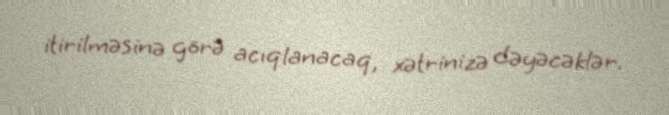
itirilməsinə görə acıqlanacaq, xətrinizə dəyəcəklər.